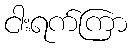
ငါးရက်ကြာ